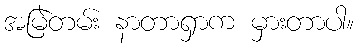
အမြဲတမ်း နာတာရှာက မှားတာပါ။